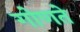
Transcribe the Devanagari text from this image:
गोणते